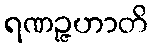
ရဏဉ္ဇဟာတိ